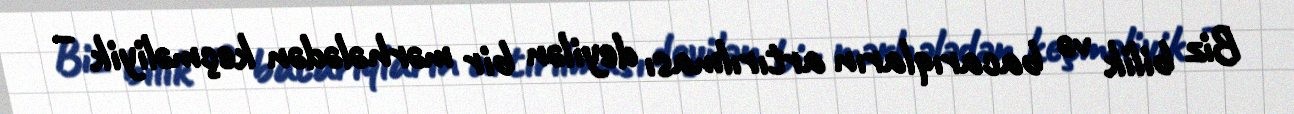
Biz bilik və bacarıqların artırılması deyilən bir mərhələdən keçməliyik –